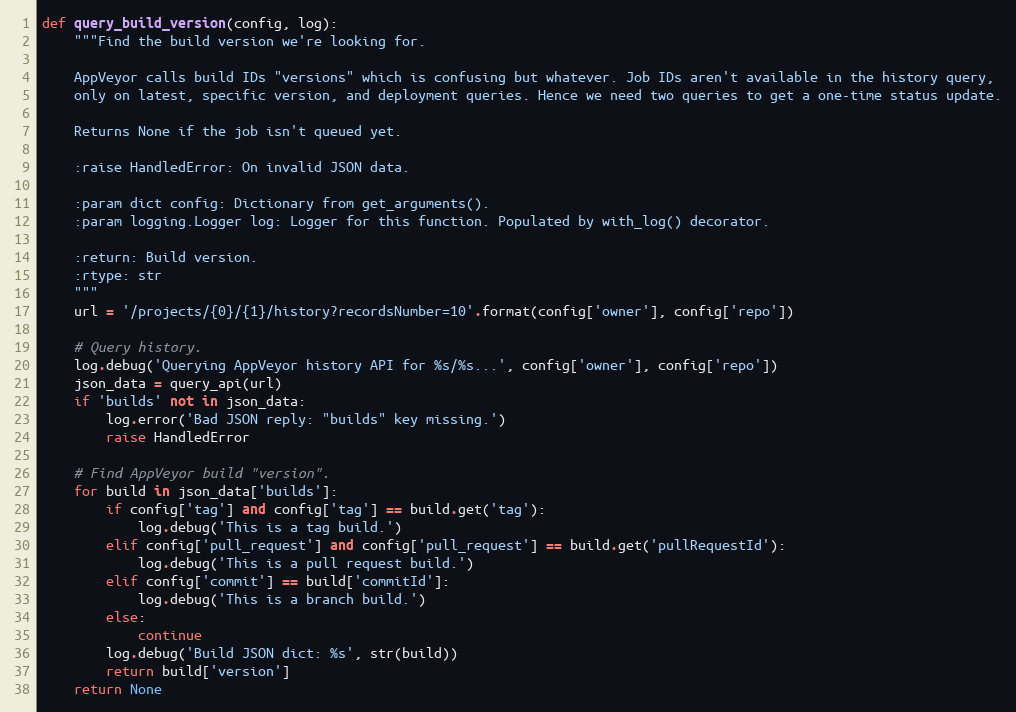
Language: Python
def query_build_version(config, log):
    """Find the build version we're looking for.

    AppVeyor calls build IDs "versions" which is confusing but whatever. Job IDs aren't available in the history query,
    only on latest, specific version, and deployment queries. Hence we need two queries to get a one-time status update.

    Returns None if the job isn't queued yet.

    :raise HandledError: On invalid JSON data.

    :param dict config: Dictionary from get_arguments().
    :param logging.Logger log: Logger for this function. Populated by with_log() decorator.

    :return: Build version.
    :rtype: str
    """
    url = '/projects/{0}/{1}/history?recordsNumber=10'.format(config['owner'], config['repo'])

    # Query history.
    log.debug('Querying AppVeyor history API for %s/%s...', config['owner'], config['repo'])
    json_data = query_api(url)
    if 'builds' not in json_data:
        log.error('Bad JSON reply: "builds" key missing.')
        raise HandledError

    # Find AppVeyor build "version".
    for build in json_data['builds']:
        if config['tag'] and config['tag'] == build.get('tag'):
            log.debug('This is a tag build.')
        elif config['pull_request'] and config['pull_request'] == build.get('pullRequestId'):
            log.debug('This is a pull request build.')
        elif config['commit'] == build['commitId']:
            log.debug('This is a branch build.')
        else:
            continue
        log.debug('Build JSON dict: %s', str(build))
        return build['version']
    return None